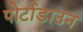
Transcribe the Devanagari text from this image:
पोर्टाडाउन